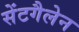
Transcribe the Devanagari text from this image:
सेंटगैलेन